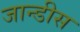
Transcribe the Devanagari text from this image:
जान्डीस